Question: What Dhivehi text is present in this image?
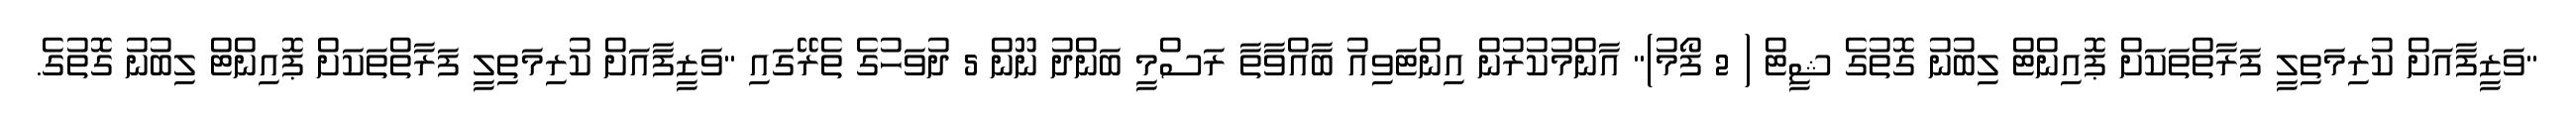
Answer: "ވަޒީފާއަށް ކުރިމަތިލީ ފަރާތްތަކަށް ޕޮއިންޓް ލިބުނު ގޮތުގެ ޝީޓް ( 2 ފޯމު)" އާންމުކުރުން އިންޓަވިއު ބާއްވާތާ ރަސްމީ ބަންދު ނޫން 5 ދުވަހުގެ ތެރޭގައި "ވަޒީފާއަށް ކުރިމަތިލީ ފަރާތްތަކަށް ޕޮއިންޓް ލިބުނު ގޮތުގެ.